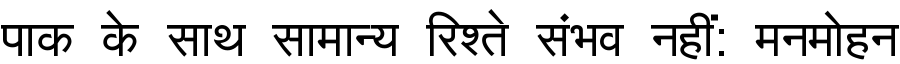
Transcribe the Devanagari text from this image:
पाक के साथ सामान्य रिश्ते संभव नहीं: मनमोहन